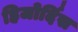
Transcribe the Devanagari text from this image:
हिजोर्दिस